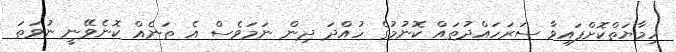
ހިމާޔަތްކޮށްފައިވާ ސަރަހައްދުތައް ކޮނުމުގެ ހުއްދަ ދިން ނަމަވެސް އެ ތަނެއް ކޮނެވޭނީ ނުވަތަ